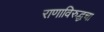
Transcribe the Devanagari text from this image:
राणाविरुद्धचा